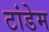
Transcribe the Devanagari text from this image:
टांडेम